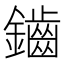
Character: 鑡